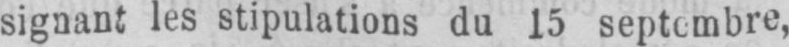
signant les stipulations du 15 septembre,